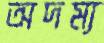
অদম্য